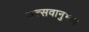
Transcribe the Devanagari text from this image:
उत्सवानुभाव